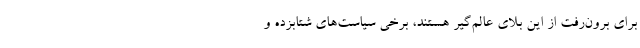
برای برون‌رفت از این بلای عالم‌گیر هستند، برخی سیاست‌های شتابزده و